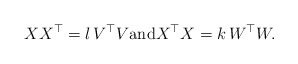
\begin{align*}XX^\top = l \, V^\top V\mbox{and} X^\top X =k \, W^\top W.\end{align*}